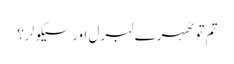
تم تو ٹھہرے لبرل اور سیکولر؟